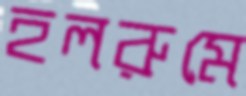
হলরুমে